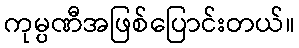
ကုမ္ပဏီအဖြစ်ပြောင်းတယ်။